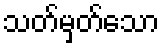
သတ်မှတ်သော